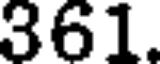
361.